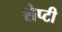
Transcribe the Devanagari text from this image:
शेप्टी